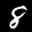
Label: 8